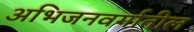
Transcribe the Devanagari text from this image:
अभिजनवर्गातील